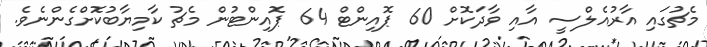
މެޗުގައި އާރުއެލްސީ އާއި ވާދަކޮށް 60 ޕޮއިންޓް 64 ޕޮއިންޓުން މެޗު ކާމިޔާބުކޮށްގެންނެވެ.